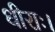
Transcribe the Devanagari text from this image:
धीराः।